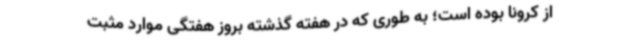
از کرونا بوده است؛ به طوری که در هفته گذشته بروز هفتگی موارد مثبت